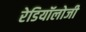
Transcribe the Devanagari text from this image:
रेडियॉलोजी